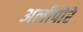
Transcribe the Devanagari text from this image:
अलीपोरे